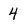
Character: 4